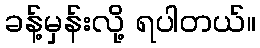
ခန့်မှန်းလို့ ရပါတယ်။